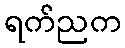
ရက်ညက